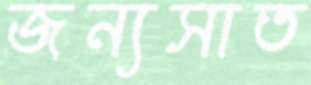
জন্যসাত